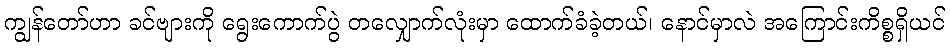
ကျွန်တော်ဟာ ခင်ဗျားကို ရွေးကောက်ပွဲ တလျှောက်လုံးမှာ ထောက်ခံခဲ့တယ်၊ နောင်မှာလဲ အကြောင်းကိစ္စရှိယင်